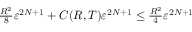
\begin{array} { r } { \frac { R ^ { 2 } } { 8 } \ensuremath { \varepsilon } ^ { 2 N + 1 } + C ( R , T ) \ensuremath { \varepsilon } ^ { 2 N + 1 } \leq \frac { R ^ { 2 } } { 4 } \ensuremath { \varepsilon } ^ { 2 N + 1 } } \end{array}